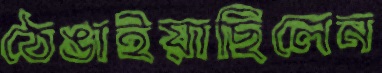
ঠেঙাইয়াছিলেন